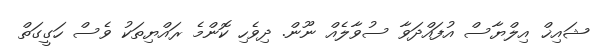
ޝައިޚް އިލްޔާސް އުފައްދަވާ ސުވާލެއް ނޫން. ދިވެހި ކޮންމެ ރައްޔިތަކު ވެސް ހަގީގަތް